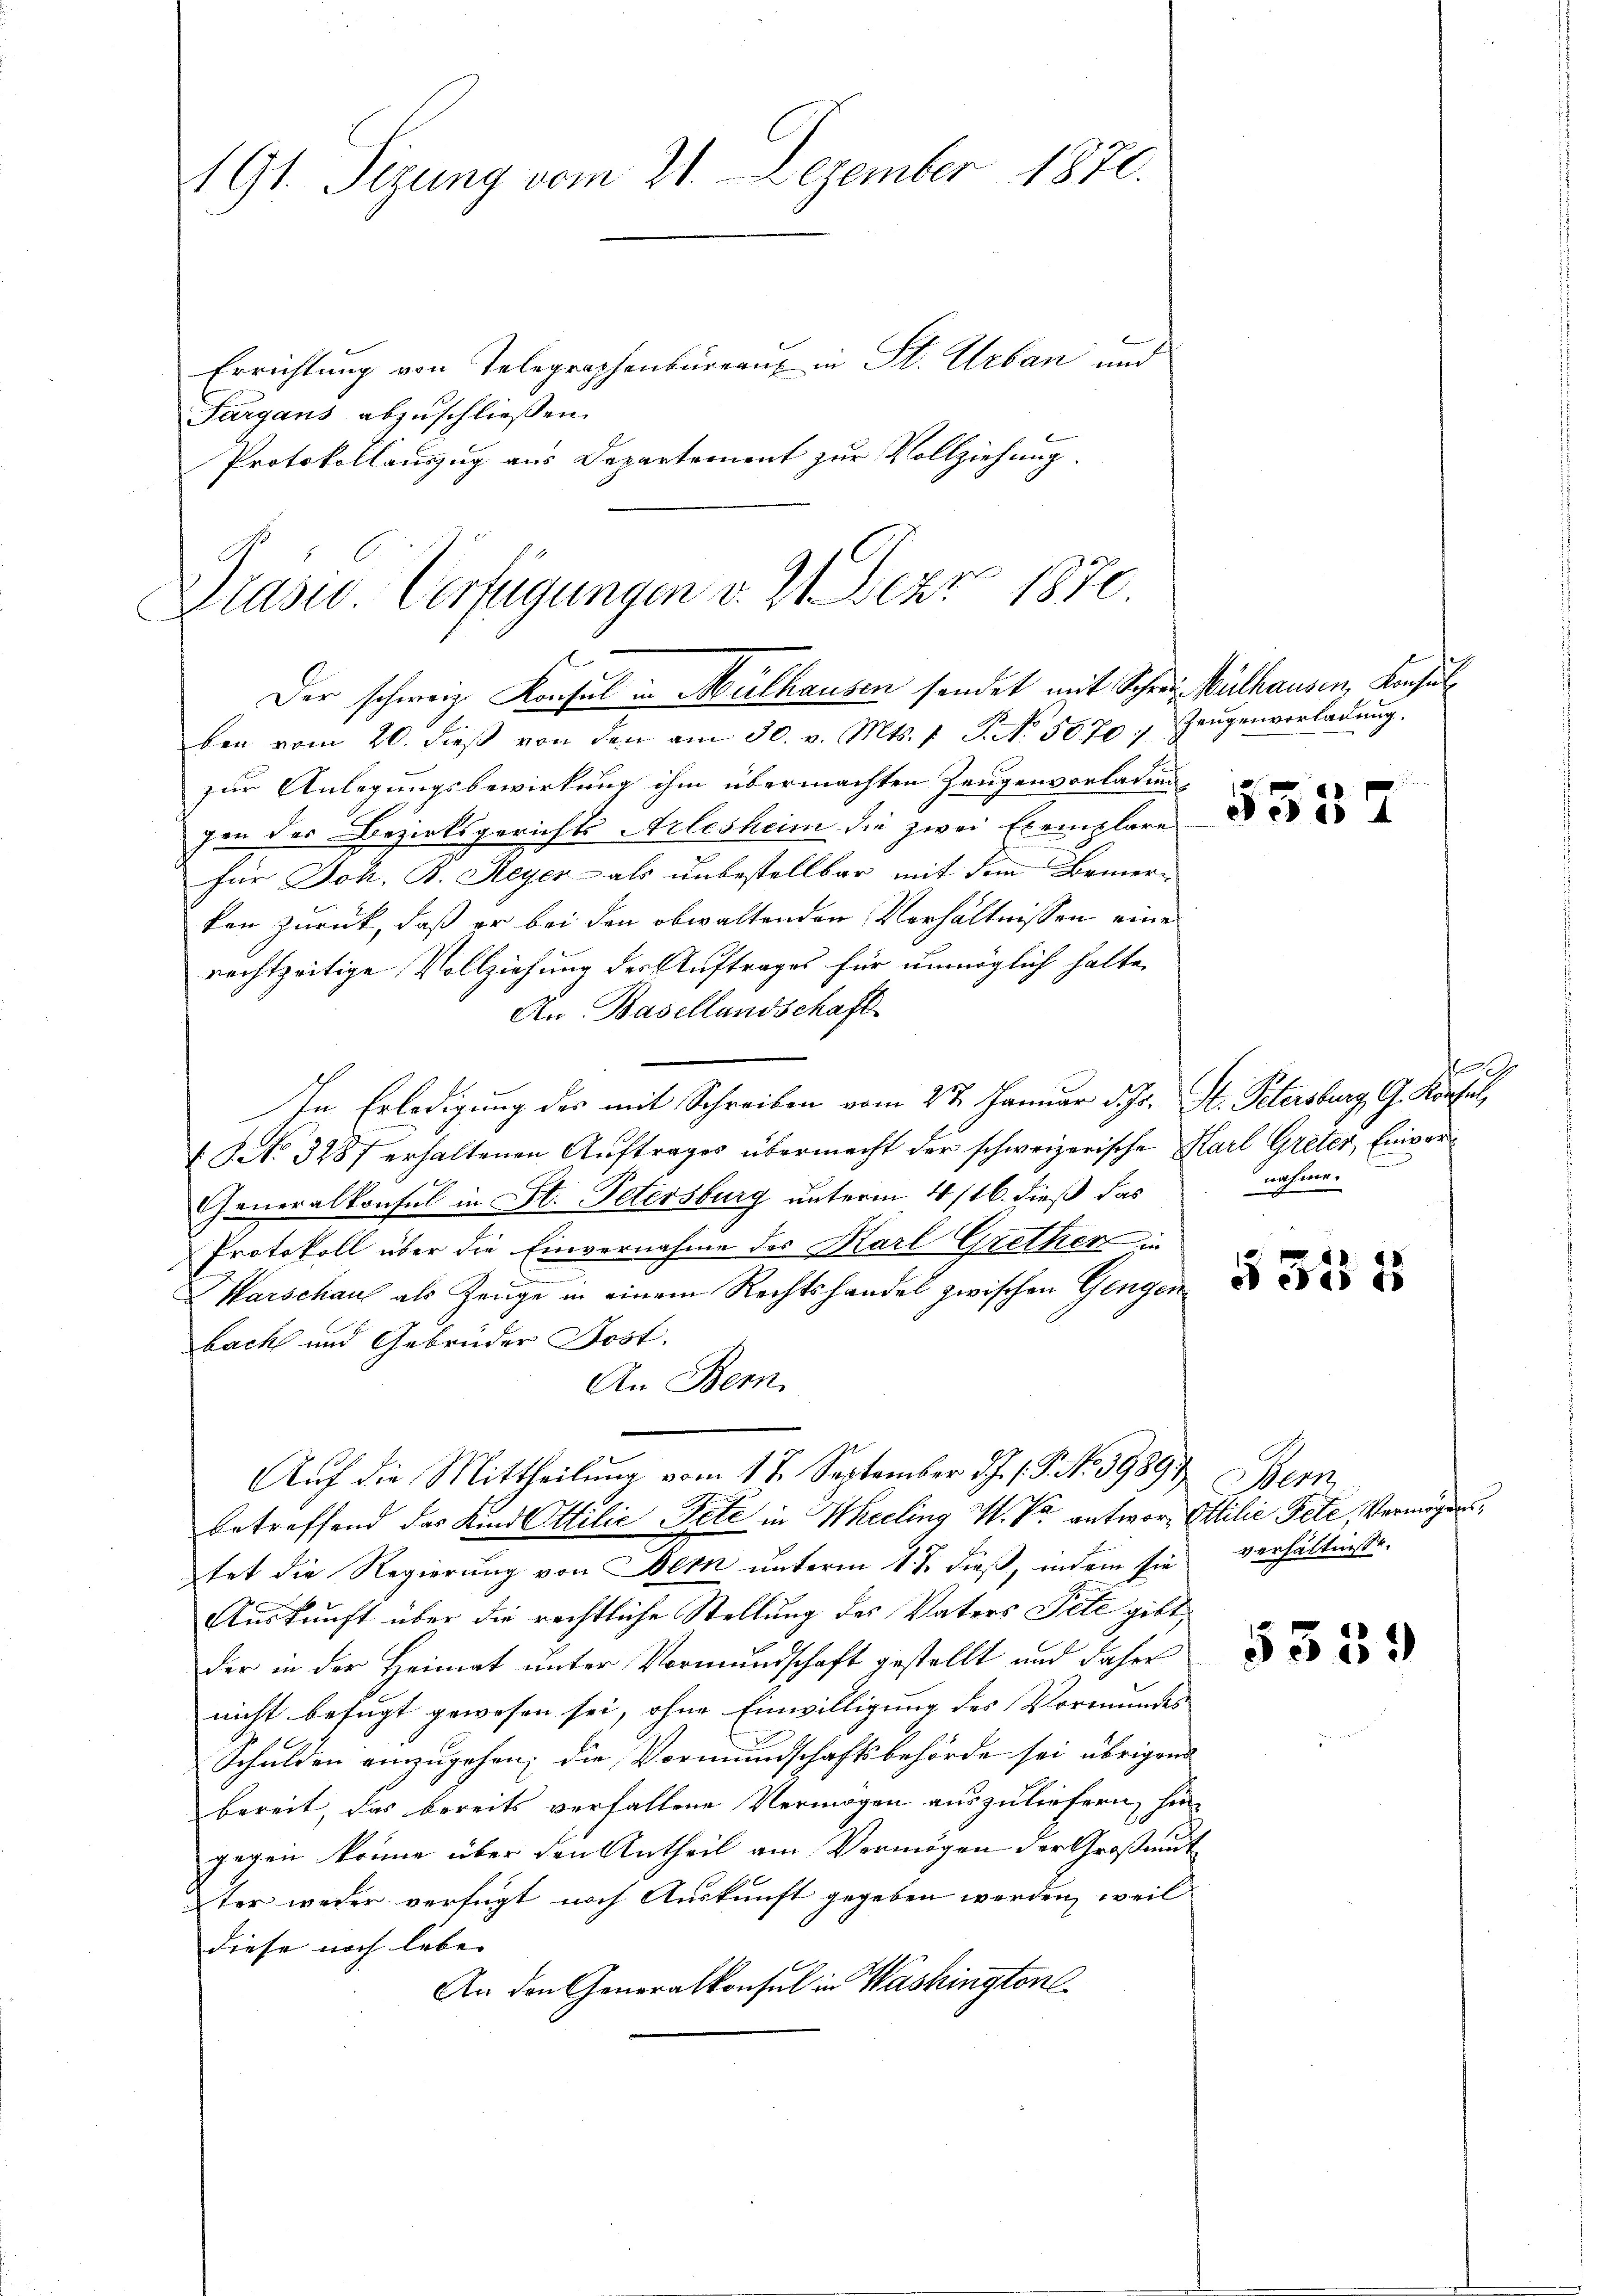
191. Sizung vom 21. Dezember 1870.
Errichtung von Telegraphenbüreau, in St. Urban und
Sargans abzuschließen.
Protokollauszug aus Departement zur Vollziehung.

Prasio Verfügungen v. 21. Der 1870.
Der schweiz. Konsul in Mülhausen sendet mit Schrei Mülhausen, Konsul

ben vom 20. dieβ von den am 30. v. Mts. 1. P. No. 5670. Zeŭgenverladung.
zur Anlegungsbewirkung ihm übermachten Zeugenvorladung
gen des Bezirksgerichts Arlesheim die zwei Exemplare
für Joh. B. Reyer- als unbestellbar mit dem Bemer-
ken zurück, daß er bei den obwaltenden Verhältnissen eine
rechtzeitige Vollziehung der Auftrages für unmöglich halte,
An Basellandschaft
In Erledigung des mit Schreiben vom 22. Januar d. Js. St. Petersburg, G. Konsul,
V NNo. 328 f erhaltenen Auftrages übermacht der schweizerische Karl Greter, Einver¬
Generalkonsul in St. Petersburg unterm 4/16. dieß das
Protokoll über die Einvernahme des Karl Grether in
Warschaus als Zeuge in einem Rechtshandel zwischen Gengen
bacht und Gebrüder Post.
An Bern
Auf die Mittheilung vom 17. September d.J. (T. N. 5989. Bern,
betreffend das Kind Ottilie Pete in Weeling W. V. antwor-Ottilie Pete, Vermögenstet die Regierung von Bern unterm 17. dieß, indem sie
Auskunft über die rechtliche Stellung des Vaters Tite gibt,
der in der Heimat unter Vormundschaft gestellt und daher
nicht befugt gewesen sei, ohne Einwilligung des Vormundes
Schulden einzugehen; die Vormundschaftsbehörde sei übrigen
bereit, das bereits verfallene Vermögen auszuliefern, hie
gegen könne über den Antheil am Vermögen der Großmut
ter weder verfügt noch Auskunft gegeben werden, weil
diese noch leben
An den Generalkonsul in Washington

“
5504

.
nahme.

§ 351

verhältnisse.

5339